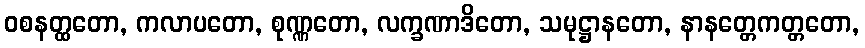
ဝစနတ္ထတော, ကလာပတော, စုဏ္ဏတော, လက္ခဏာဒိတော, သမုဋ္ဌာနတော, နာနတ္တေကတ္တတော,